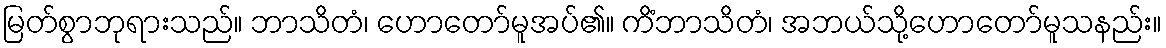
မြတ်စွာဘုရားသည်။ ဘာသိတံ၊ ဟောတော်မူအပ်၏။ ကိံဘာသိတံ၊ အဘယ်သို့ဟောတော်မူသနည်း။